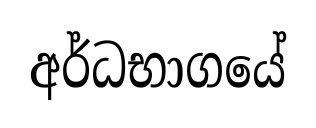
අර්ධභාගයේ